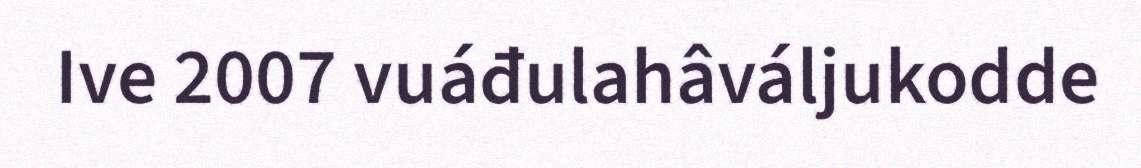
Ive 2007 vuáđulahâváljukodde